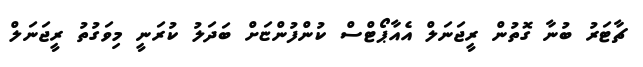
ޗާޓަރު ބުނާ ގޮތުން ރީޖަނަލް އެއާޕޯޓްސް ކުންފުންޏަށް ބަދަލު ކުރަނީ މިވަގުތު ރީޖަނަލް